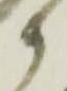
か